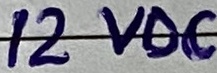
Text: 12VDC